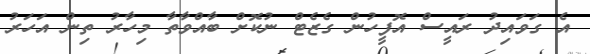
އެ ގަވައިދު ރައީސް އޮފީހުން ގެޒެޓް ނުކޮށް ބާއްވާތާ މިހާރު ތިން އަހަރު